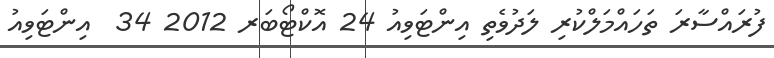
ފުރައްސާރަ ތަހައްމަލްކުރި ލަދުވެތި އިންޓަވިއު 24 އޮކްޓޯބަރ 2012 34  އިންޓަވިއު